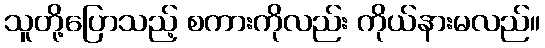
သူတို့ပြောသည့် စကားကိုလည်း ကိုယ်နားမလည်။